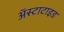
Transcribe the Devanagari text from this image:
अॅस्टाटाइड